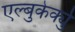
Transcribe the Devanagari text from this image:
एल्बुकेर्क्यु